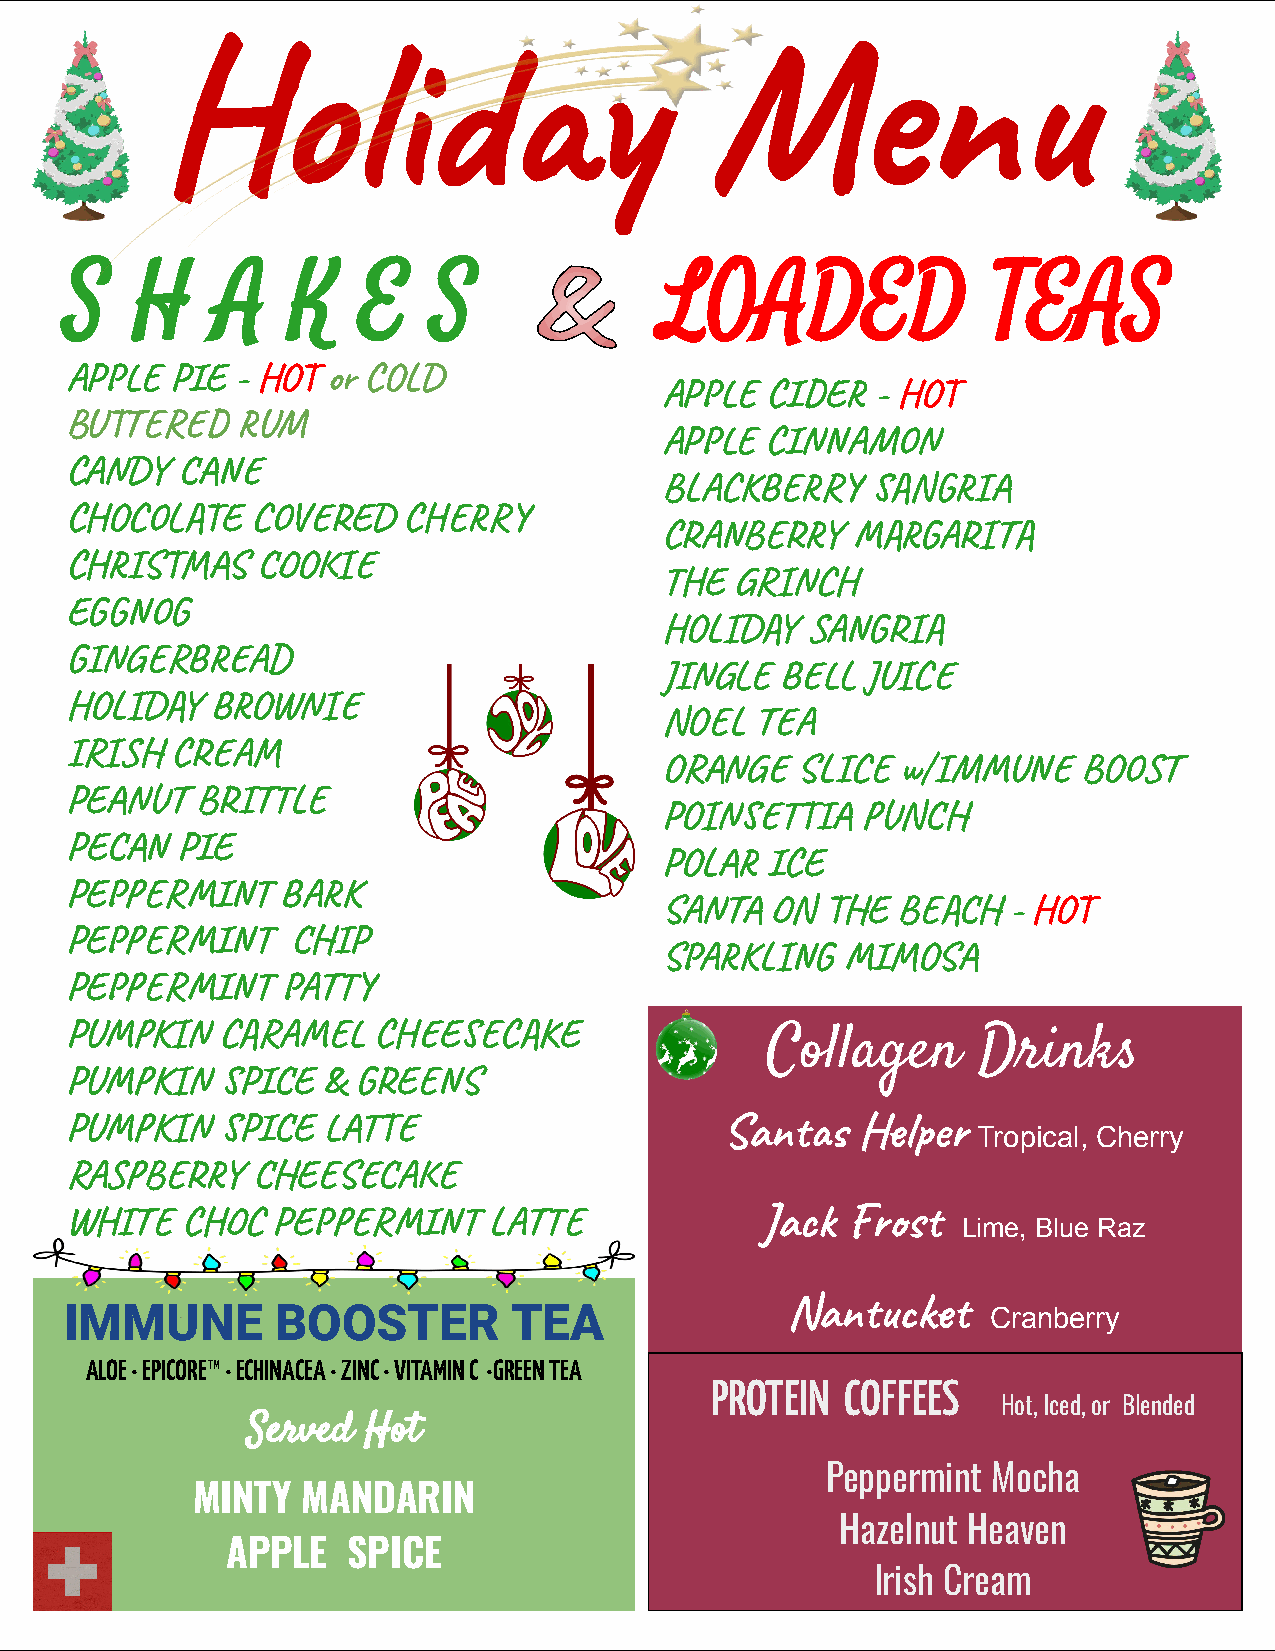
S    H    A    K    E    S              LOADED                TEAS
 APPLE  PIE  - HOT or COLD
 APPLE  CIDER  - HOT
 BUTTERED    RUM
 APPLE  CINNAMON
 CANDY   CANE
 BLACKBERRY    SANGRIA
 CHOCOLATE    COVERED   CHERRY
 CRANBERRY   MARGARITA
 CHRISTMAS    COOKIE
 THE  GRINCH
 EGGNOG
 HOLIDAY  SANGRIA
 GINGERBREAD
 JINGLE  BELL JUICE
 HOLIDAY   BROWNIE
 NOEL  TEA
 IRISH  CREAM
 ORANGE   SLICE  w/IMMUNE    BOOST
 PEANUT   BRITTLE
 POINSETTIA   PUNCH
 PECAN   PIE
 POLAR  ICE
 PEPPERMINT     BARK
 SANTA  ON  THE BEACH   - HOT
 PEPPERMINT     CHIP
 SPARKLING   MIMOSA
 PEPPERMINT     PATTY
 PUMPKIN    CARAMEL   CHEESECAKE
 Collagen      Drinks
 PUMPKIN    SPICE &  GREENS
 PUMPKIN    SPICE LATTE                      Santas   Helper
 Tropical, Cherry
 RASPBERRY    CHEESECAKE
 WHITE   CHOC  PEPPERMINT    LATTE             Jack  Frost
 Lime, Blue Raz
 IMMUNE        BOOSTER         TEA
 Nantucket
 Cranberry
 ALOE · EPICORE™ · ECHINACEA · ZINC · VITAMIN C ·GREEN TEA
 PROTEIN  COFFEES
 Hot, Iced, or Blended
 Served  Hot
 Peppermint Mocha
 MINTY  MANDARIN
 Hazelnut Heaven
 APPLE   SPICE
 Irish Cream